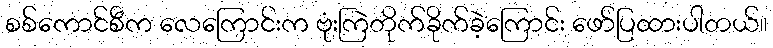
စစ်ကောင်စီက လေကြောင်းက ဗုံးကြဲတိုက်ခိုက်ခဲ့ကြောင်း ဖော်ပြထားပါတယ်။